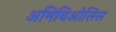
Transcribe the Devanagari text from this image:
अमिबिओसिस